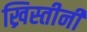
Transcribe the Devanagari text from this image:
ख्रिस्तीनी